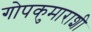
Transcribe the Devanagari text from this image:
गोपकुमाराशी